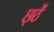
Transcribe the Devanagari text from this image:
छ्ठें